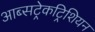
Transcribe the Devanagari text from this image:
आब्सट्रेकट्रिशियन